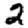
Digit: 2